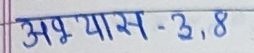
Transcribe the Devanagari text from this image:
अभ्यास - ३, ८